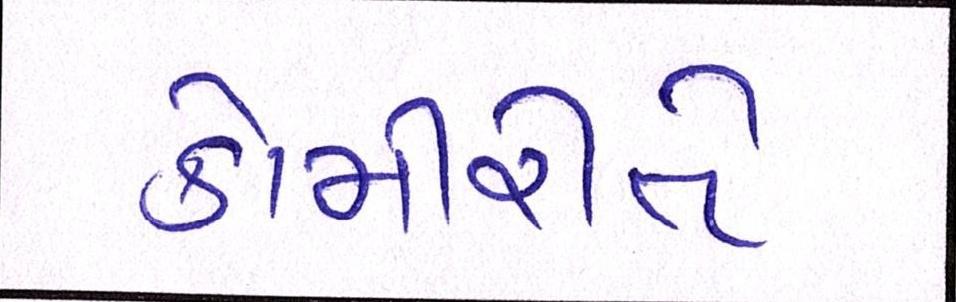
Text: કોમીરીતે